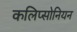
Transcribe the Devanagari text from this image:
कलिप्सोनियन